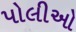
પોલીઓ